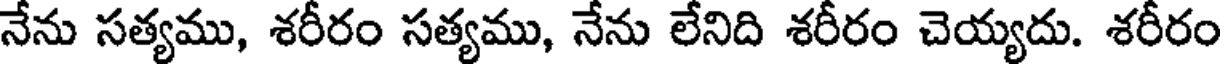
నేను సత్యము, శరీరం సత్యము, నేను లేనిది శరీరం చెయ్యదు. శరీరం